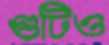
গুটিও